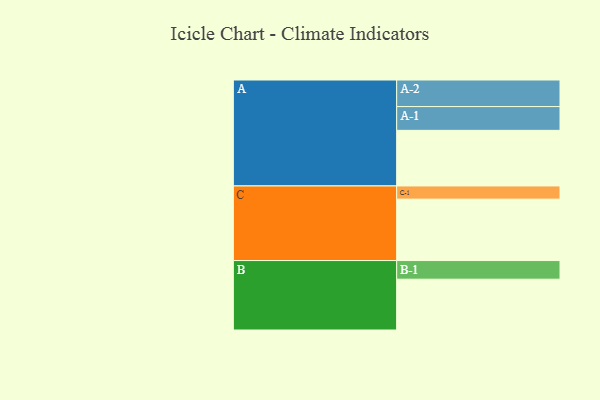
{"axis": {"x": "Segment", "y": "Value"}, "legend": ["", "A", "B", "C"], "data": [{"x": "A", "y": 498, "type": ""}, {"x": "B", "y": 455, "type": ""}, {"x": "C", "y": 550, "type": ""}, {"x": "A-1", "y": 213, "type": "A"}, {"x": "A-2", "y": 238, "type": "A"}, {"x": "B-1", "y": 167, "type": "B"}, {"x": "C-1", "y": 118, "type": "C"}]}